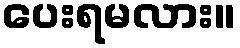
ပေးရမလား။